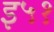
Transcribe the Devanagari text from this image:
इ५१